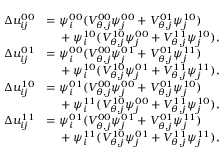
\begin{array} { r l } { \Delta u _ { i j } ^ { 0 0 } } & { = \psi _ { i } ^ { 0 0 } ( V _ { \boldsymbol { \theta } , j } ^ { 0 0 } \psi _ { j } ^ { 0 0 } + V _ { \boldsymbol { \theta } , j } ^ { 0 1 } \psi _ { j } ^ { 1 0 } ) } \\ & { \quad \null + \psi _ { i } ^ { 1 0 } ( V _ { \boldsymbol { \theta } , j } ^ { 1 0 } \psi _ { j } ^ { 0 0 } + V _ { \boldsymbol { \theta } , j } ^ { 1 1 } \psi _ { j } ^ { 1 0 } ) , } \\ { \Delta u _ { i j } ^ { 0 1 } } & { = \psi _ { i } ^ { 0 0 } ( V _ { \boldsymbol { \theta } , j } ^ { 0 0 } \psi _ { j } ^ { 0 1 } + V _ { \boldsymbol { \theta } , j } ^ { 0 1 } \psi _ { j } ^ { 1 1 } ) } \\ & { \quad \null + \psi _ { i } ^ { 1 0 } ( V _ { \boldsymbol { \theta } , j } ^ { 1 0 } \psi _ { j } ^ { 0 1 } + V _ { \boldsymbol { \theta } , j } ^ { 1 1 } \psi _ { j } ^ { 1 1 } ) , } \\ { \Delta u _ { i j } ^ { 1 0 } } & { = \psi _ { i } ^ { 0 1 } ( V _ { \boldsymbol { \theta } , j } ^ { 0 0 } \psi _ { j } ^ { 0 0 } + V _ { \boldsymbol { \theta } , j } ^ { 0 1 } \psi _ { j } ^ { 1 0 } ) } \\ & { \quad \null + \psi _ { i } ^ { 1 1 } ( V _ { \boldsymbol { \theta } , j } ^ { 1 0 } \psi _ { j } ^ { 0 0 } + V _ { \boldsymbol { \theta } , j } ^ { 1 1 } \psi _ { j } ^ { 1 0 } ) , } \\ { \Delta u _ { i j } ^ { 1 1 } } & { = \psi _ { i } ^ { 0 1 } ( V _ { \boldsymbol { \theta } , j } ^ { 0 0 } \psi _ { j } ^ { 0 1 } + V _ { \boldsymbol { \theta } , j } ^ { 0 1 } \psi _ { j } ^ { 1 1 } ) } \\ & { \quad \null + \psi _ { i } ^ { 1 1 } ( V _ { \boldsymbol { \theta } , j } ^ { 1 0 } \psi _ { j } ^ { 0 1 } + V _ { \boldsymbol { \theta } , j } ^ { 1 1 } \psi _ { j } ^ { 1 1 } ) , } \end{array}